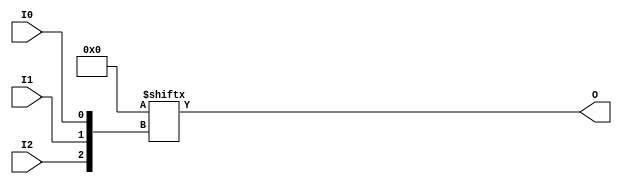
// This program was cloned from: https://github.com/fredrequin/verilator_xilinx
// License: BSD 2-Clause "Simplified" License

`ifdef verilator3
`else
`timescale 1 ps / 1 ps
`endif
//
// LUT3 primitive for Xilinx FPGAs
// Compatible with Verilator tool (www.veripool.org)
// Copyright (c) 2019-2022 Frdric REQUIN
// License : BSD
//

/* verilator coverage_off */
module LUT3
#(
    parameter [7:0] INIT = 8'b00000000
)
(
    input  wire I0, I1, I2,
    output wire O
);
    wire [2:0] _w_idx = { I2, I1, I0 };

    assign O = INIT[_w_idx];

endmodule
/* verilator coverage_on */